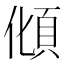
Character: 𩑭